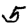
Digit: 5